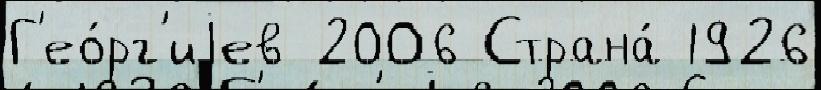
Г'ео́рг'иjев 2006 Страна́ 1926